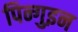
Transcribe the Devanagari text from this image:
पिन्गुइन